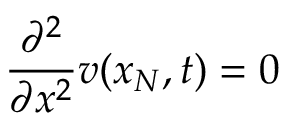
\frac { \partial ^ { 2 } } { \partial x ^ { 2 } } v ( x _ { N } , t ) = 0